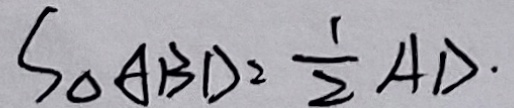
S _ { \Delta A B D } = \frac { 1 } { 2 } A D .